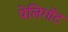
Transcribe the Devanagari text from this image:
पेलिगॉट